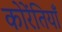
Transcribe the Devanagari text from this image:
कोरेंतियाँ